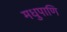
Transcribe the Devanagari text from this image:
मधुपाणि